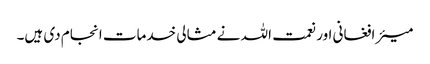
میئر افغانی اور نعمت اللہ نے مثالی خدمات انجام دی ہیں۔